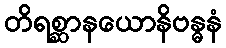
တိရစ္ဆာနယောနိဗန္ဓနံ